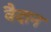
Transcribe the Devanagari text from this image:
वैदान